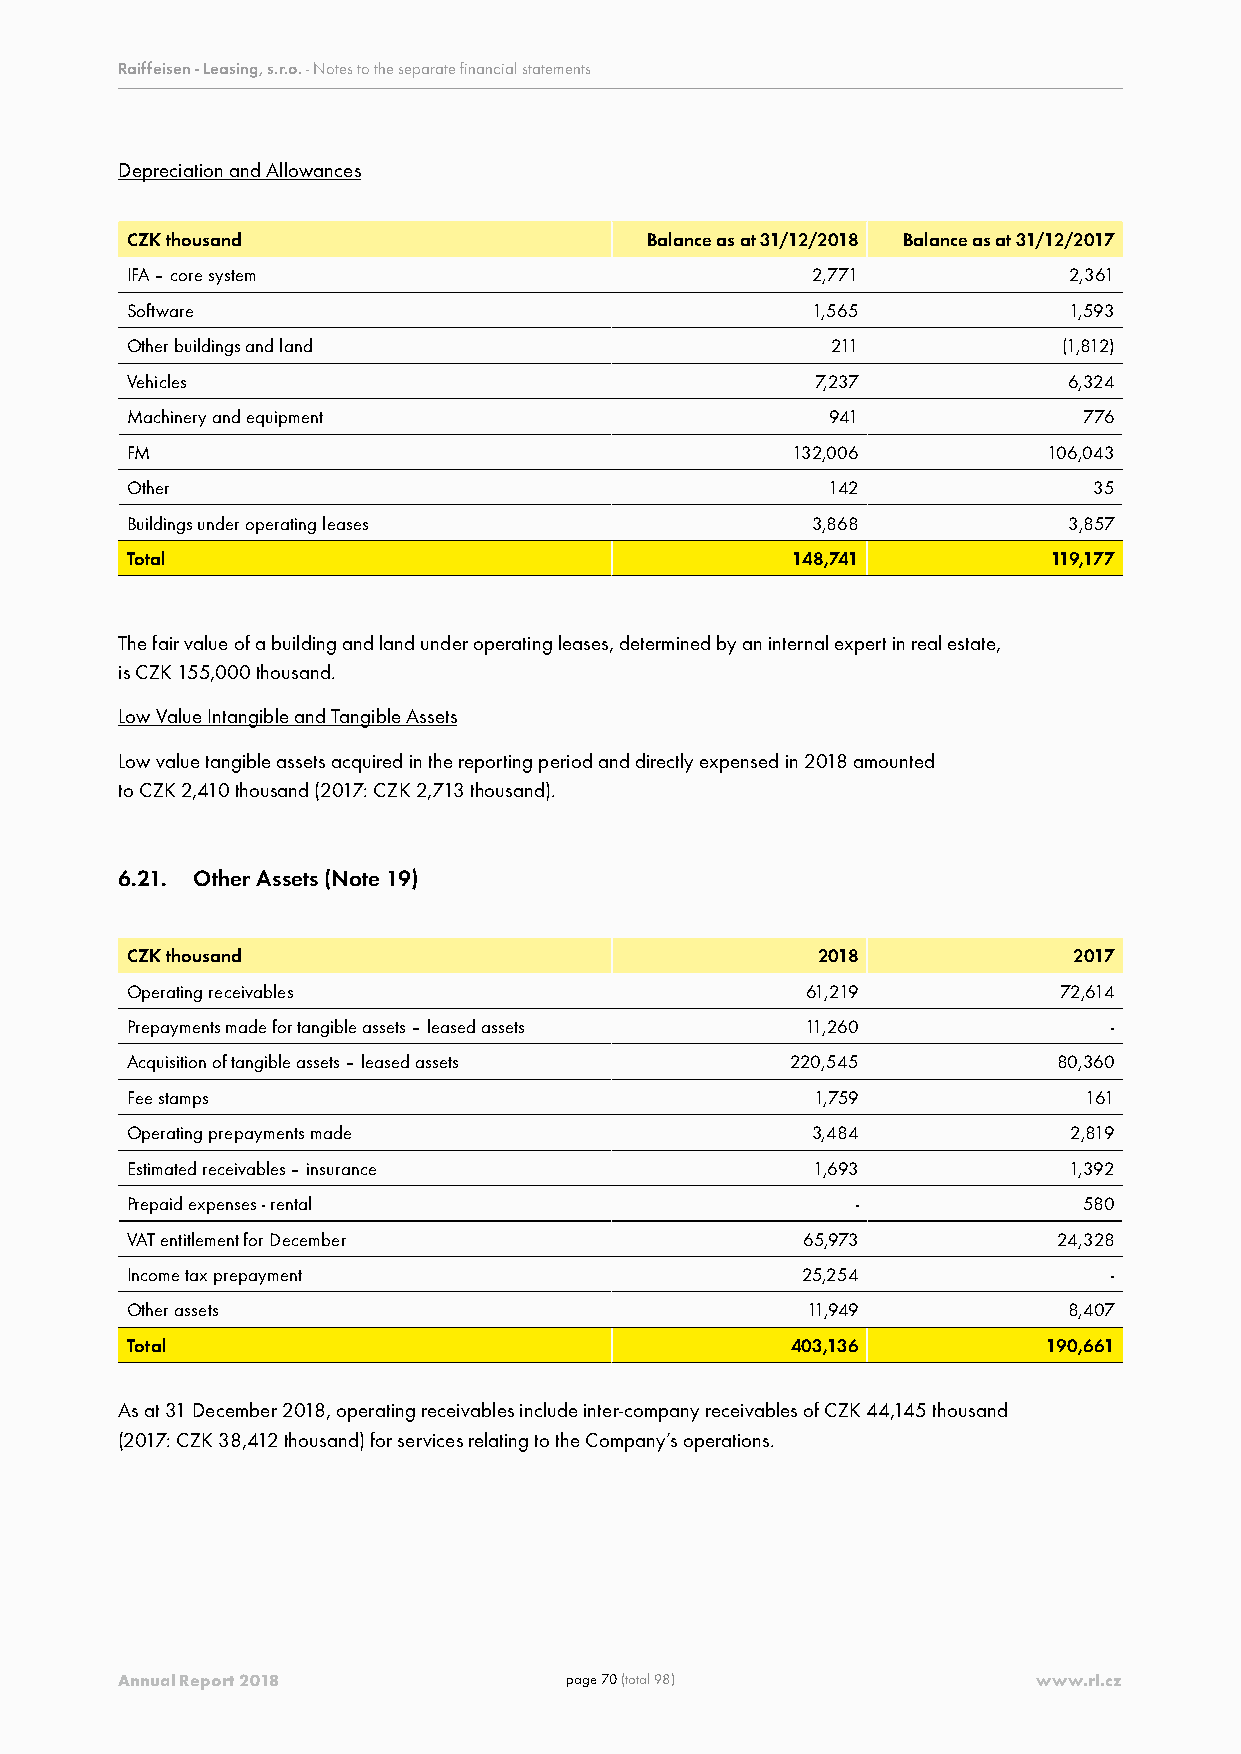
Raiffeisen - Leasing, s.r.o. - Notes to the separate financial statements
 Depreciation and Allowances
 CZK thousand                       Balance as at 31/12/2018 Balance as at 31/12/2017
 IFA – core system                             2,771            2,361
 Software                                      1,565            1,593
 Other buildings and land                       211            (1,812)
 Vehicles                                      7,237            6,324
 Machinery and equipment                        941              776
 FM                                          132,006          106,043
 Other                                          142              35
 Buildings under operating leases              3,868            3,857
 Total                                       148,741           119,177
 The fair value of a building and land under operating leases, determined by an internal expert in real estate,
 is CZK 155,000 thousand.
 Low Value Intangible and Tangible Assets
 Low value tangible assets acquired in the reporting period and directly expensed in 2018 amounted
 to CZK 2,410 thousand (2017: CZK 2,713 thousand).
 6.21. Other Assets (Note 19)
 CZK thousand                                  2018             2017
 Operating receivables                        61,219           72,614
 Prepayments made for tangible assets – leased assets 11,260       -
 Acquisition of tangible assets – leased assets 220,545        80,360
 Fee stamps                                    1,759             161
 Operating prepayments made                    3,484            2,819
 Estimated receivables – insurance             1,693            1,392
 Prepaid expenses - rental                        -              580
 VAT entitlement for December                 65,973           24,328
 Income tax prepayment                        25,254               -
 Other assets                                 11,949            8,407
 Total                                       403,136          190,661
 As at 31 December 2018, operating receivables include inter-company receivables of CZK 44,145 thousand
 (2017: CZK 38,412 thousand) for services relating to the Company’s operations.
 Annual Report 2018           page 70 (total 98)              www.rl.cz